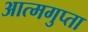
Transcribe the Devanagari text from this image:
आत्मगुप्ता